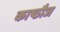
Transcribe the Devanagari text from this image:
काष्ठौज